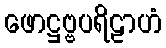
ဖောဋ္ဌဗ္ဗပရိဠာဟံ